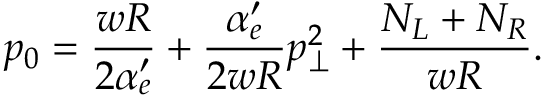
p _ { 0 } = \frac { w R } { 2 \alpha _ { e } ^ { \prime } } + \frac { \alpha _ { e } ^ { \prime } } { 2 w R } p _ { \perp } ^ { 2 } + \frac { N _ { L } + N _ { R } } { w R } .